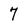
Character: 7